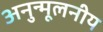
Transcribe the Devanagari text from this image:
अनुन्मूलनीय